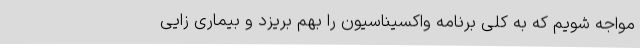
مواجه شویم که به کلی برنامه واکسیناسیون را بهم بریزد و بیماری زایی